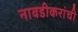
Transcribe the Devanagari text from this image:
नावडीकरांची